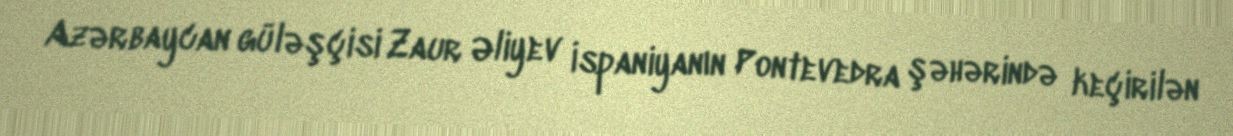
Azərbaycan güləşçisi Zaur Əliyev İspaniyanın Pontevedra şəhərində keçirilən